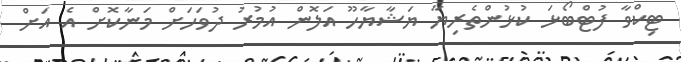
ޓިކްވާ ފުޓްބޯޅަ ކުޅުންތެރިޔާ ޔަޝާޔާހޫ އަލޮން އުމުރު ދުވަހަށް މަނާކޮށް އެ އަށް